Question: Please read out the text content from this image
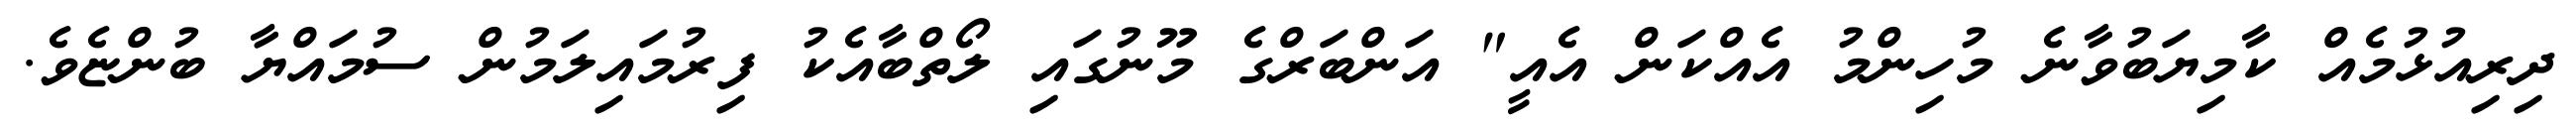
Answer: ދިރިއުޅުމެއް ކާމިޔަބުވާނެ މުހިންމު އެއްކަން އެއީ" އަންބަރްގެ މޫނުގައި ލޯތްބާއެކު ފިރުމައިލަމުން ސުމައްޔާ ބުންޏެވެ.